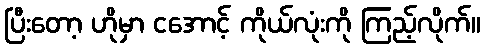
ပြီးတော့ ဟိုမှာ ငအောင့် ကိုယ်လုံးကို ကြည့်လိုက်။